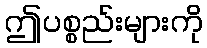
ဤပစ္စည်းများကို